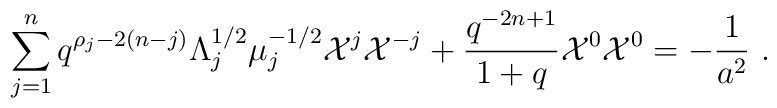
\sum_{j=1}^n q^{\rho_j-2(n-j)}\Lambda_j^{1/2}\mu_j^{-1/2}{\cal X}^j{\cal X}^{-j}+\frac{q^{-2n+1}}{1+q}{\cal X}^0{\cal X}^0=-\frac{1}{a^2}~.